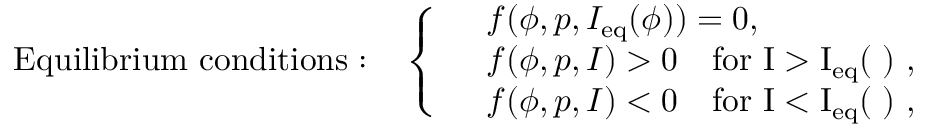
\mathrm { E q u i l i b r i u m ~ c o n d i t i o n s : } \quad \left\{ \begin{array} { r l } & { f ( \phi , p , I _ { \mathrm { e q } } ( \phi ) ) = 0 , } \\ & { f ( \phi , p , I ) > 0 \quad \mathrm { f o r ~ I > I _ { \mathrm { e q } } ( \phi ) ~ } , } \\ & { f ( \phi , p , I ) < 0 \quad \mathrm { f o r ~ I < I _ { \mathrm { e q } } ( \phi ) ~ } , } \end{array} \right.